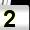
Digit: 2